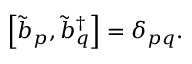
\left[ \tilde { b } _ { p } , \tilde { b } _ { q } ^ { \dagger } \right] = \delta _ { p q } .